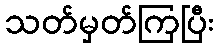
သတ်မှတ်ကြပြီး